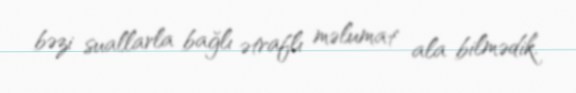
bəzi suallarla bağlı ətraflı məlumat ala bilmədik.